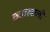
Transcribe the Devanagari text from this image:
छ्त्राखाली